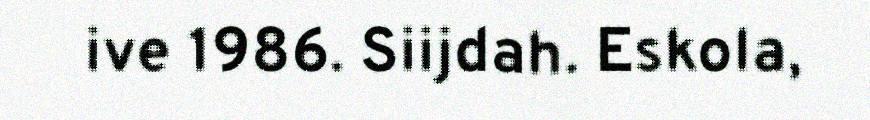
ive 1986. Siijdah. Eskola,